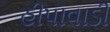
હીપાવાડી